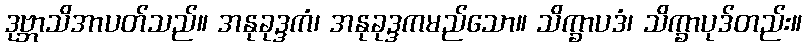
ဒုဗ္ဘာသိအာပတ်သည်။ အနုခုဒ္ဒကံ၊ အနုခုဒ္ဒကမည်သော။ သိက္ခာပဒံ၊ သိက္ခာပုဒ်တည်း။